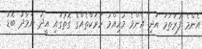
އެންމެ ފުރަތަމަ އަދި އެންމެ މުހިއްމު ހަރަކާތެއްގެ ގޮތުގައި އީދު ނަމާދު ބޮޑު